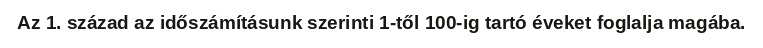
Az 1. század az időszámításunk szerinti 1-től 100-ig tartó éveket foglalja magába.